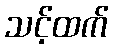
သင့်ထက်